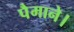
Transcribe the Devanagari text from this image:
पैमाने।